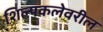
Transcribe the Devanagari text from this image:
शिल्पकलेवरील